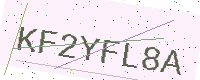
Text: KF2YFL8A